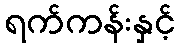
ရက်ကန်းနှင့်